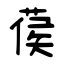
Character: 葔